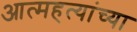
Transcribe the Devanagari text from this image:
आत्महत्यांच्या